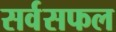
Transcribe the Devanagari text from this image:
सर्वसफल